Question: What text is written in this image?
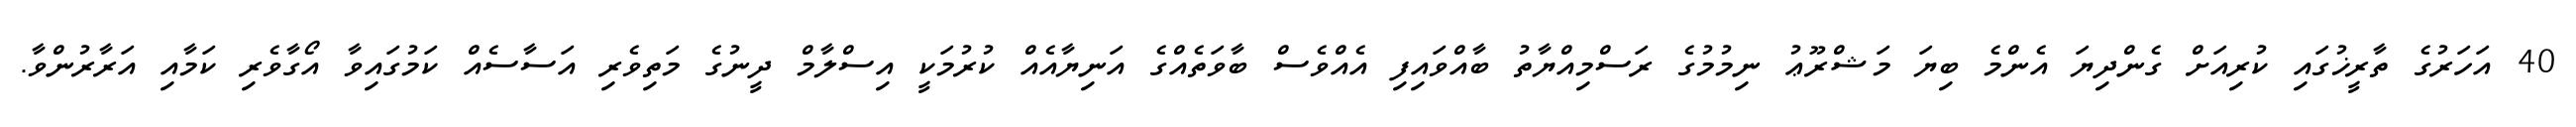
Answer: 40 އަހަރުގެ ތާރީޚުގައި ކުރިއަށް ގެންދިޔަ އެންމެ ބިޔަ މަޝްރޫޢު ނިމުމުގެ ރަސްމިއްޔާތު ބާއްވައިފި އެއްވެސް ބާވަތެއްގެ އަނިޔާއެއް ކުރުމަކީ އިސްލާމް ދީނުގެ މަތިވެރި އަސާސެއް ކަމުގައިވާ އޯގާވެރި ކަމާއި އަރާރުންވާ.